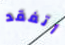
أتفقد